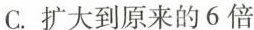
C. 扩大到原来的6倍